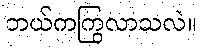
ဘယ်ကကြွလာသလဲ။